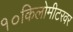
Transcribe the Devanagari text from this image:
१०किलोमीटरवर